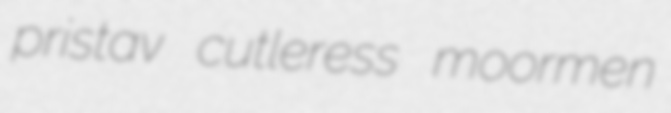
pristav cutleress moormen